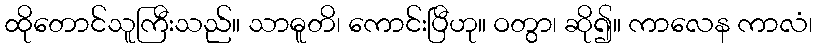
ထိုတောင်သူကြီးသည်။ သာဓူတိ၊ ကောင်းပြီဟု။ ဝတွာ၊ ဆို၍။ ကာလေန ကာလံ၊